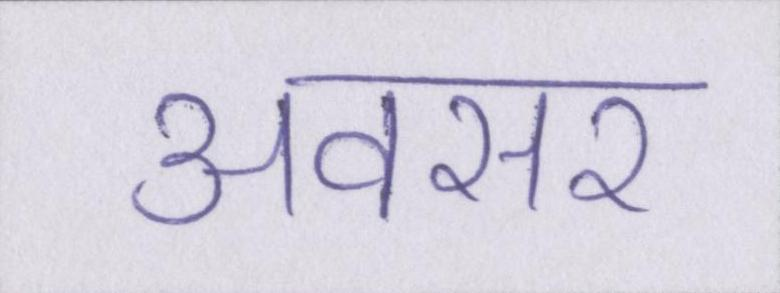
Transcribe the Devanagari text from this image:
अवसर